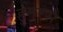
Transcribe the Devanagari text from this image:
हुमरस